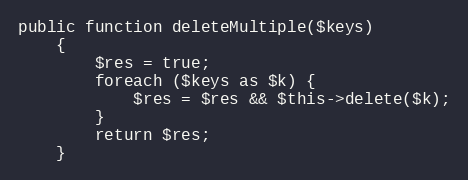
Language: PHP
public function deleteMultiple($keys)
    {
        $res = true;
        foreach ($keys as $k) {
            $res = $res && $this->delete($k);
        }
        return $res;
    }